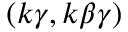
( k \gamma , k \beta \gamma )